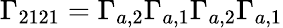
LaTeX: \Gamma_{2121}=\Gamma_{a,2}\Gamma_{a,1}\Gamma_{a,2}\Gamma_{a,1}